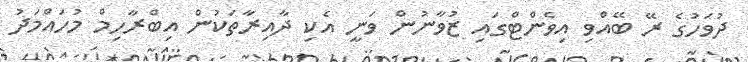
ދުވަހުގެ ރޭ ބޭއްވި އިވެންޓްގައި ޒުވާނުން ވަނީ އެކި ދާއިރާތަކުން އިބްރާހިމް މުހައްމަދު